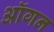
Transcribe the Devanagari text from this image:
ऑगन